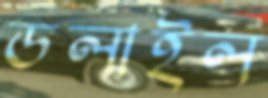
ডলাইল